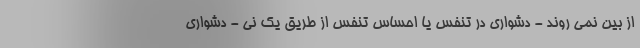
از بین نمی روند - دشواری در تنفس یا احساس تنفس از طریق یک نی - دشواری